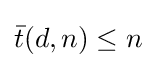
{\bar {t}}(d,n)\leq n